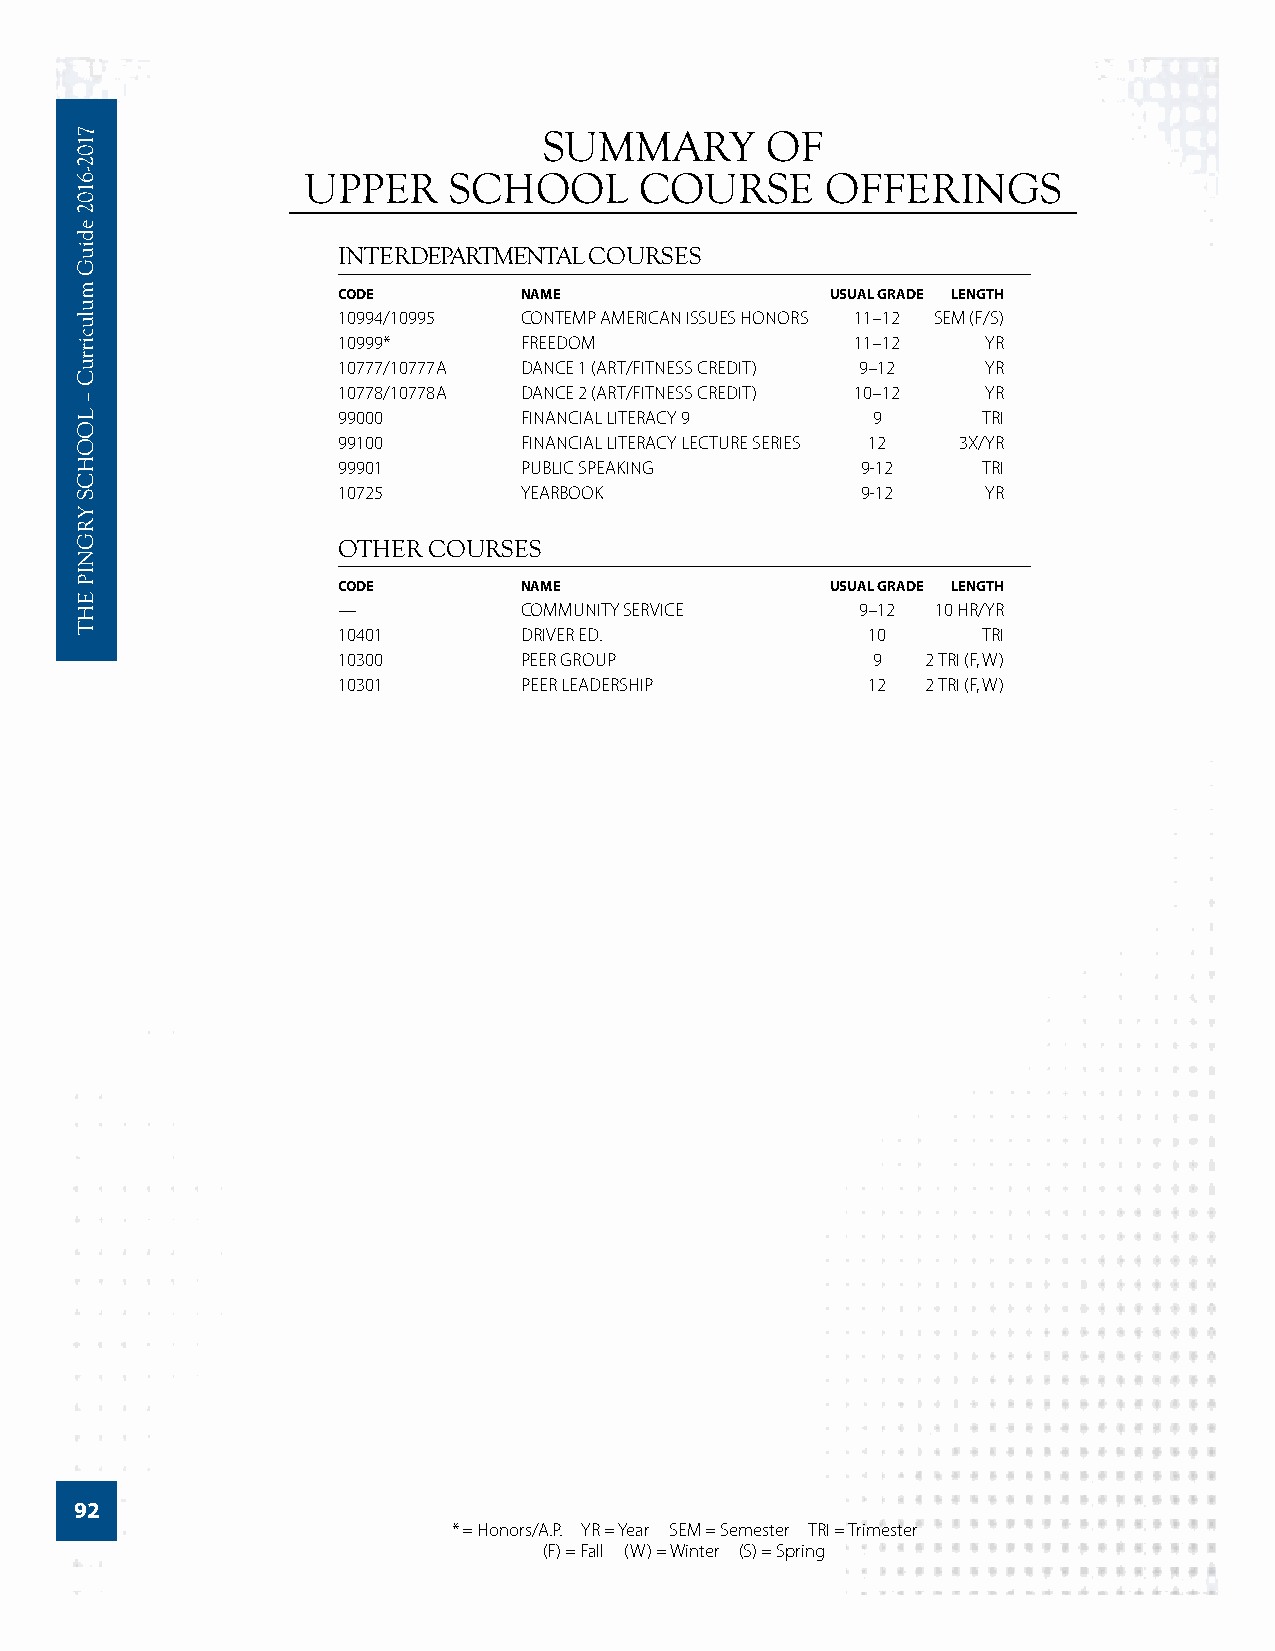
SUMMARY        OF
 UPPER     SCHOOL      COURSE       OFFERINGS
 INTERDEPARTMENTAL COURSES
 CODE        NAME                 USUAL GRADE LENGTH
 10994/10995 CONTEMP AMERICAN ISSUES HONORS 11–12 SEM (F/S)
 10999*      FREEDOM                11–12   YR
 10777/10777A DANCE 1 (ART/FITNESS CREDIT) 9–12 YR
 10778/10778A DANCE 2 (ART/FITNESS CREDIT) 10–12 YR
 99000       FINANCIAL LITERACY 9    9      TRI
 99100       FINANCIAL LITERACY LECTURE SERIES 12 3X/YR
 99901       PUBLIC SPEAKING        9-12    TRI
 10725       YEARBOOK               9-12    YR
 OTHER COURSES
 CODE        NAME                 USUAL GRADE LENGTH
 —           COMMUNITY SERVICE      9–12 10 HR/YR
 10401       DRIVER ED.             10      TRI
 10300       PEER GROUP              9  2 TRI (F, W)
 10301       PEER LEADERSHIP        12  2 TRI (F, W)
 92
 * = Honors/A.P. YR = Year SEM = Semester TRI = Trimester
 (F) = Fall (W) = Winter (S) = Spring
 7102-­6102
 ediuG
 mulucirruC
 –
 LOOHCS
 YRGNIP
 EHT